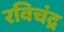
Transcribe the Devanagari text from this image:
रविचंद्र